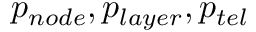
p _ { n o d e } , p _ { l a y e r } , { p _ { t e l } }